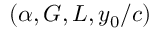
( \alpha , G , L , y _ { 0 } / c )